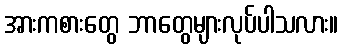
အားကစားတွေ ဘာတွေများလုပ်ပါသလား။